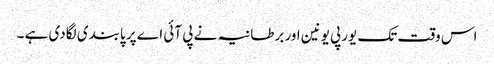
اس وقت تک یورپی یونین اور برطانیہ نے پی آئی اے پر پابندی لگادی ہے ۔